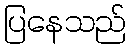
ပြနေသည်